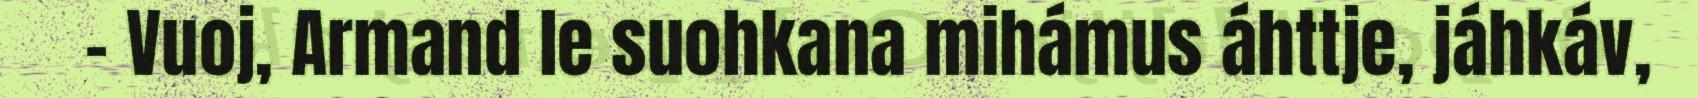
– Vuoj, Armand le suohkana mihámus áhttje, jáhkáv,